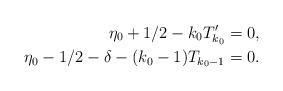
LaTeX: \begin{align*} \eta_0+1/2-k_0T_{k_0}'=0, \\ \eta_0-1/2-\delta-(k_0-1)T_{k_0-1}=0. \end{align*}